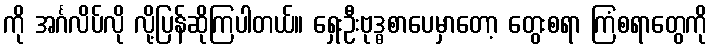
ကို အင်္ဂလိပ်လို လို့ပြန်ဆိုကြပါတယ်။ ရှေးဦးဗုဒ္ဓစာပေမှာတော့ တွေးစရာ ကြံစရာတွေကို